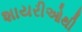
શાયરીઓથી